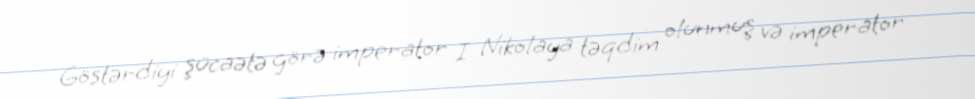
Göstərdiyi şücaətə görə imperator I Nikolaya təqdim olunmuş və imperator